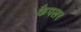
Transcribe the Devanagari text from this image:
कैपलर